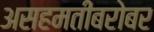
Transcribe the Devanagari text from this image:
असहमतीबरोबर